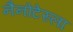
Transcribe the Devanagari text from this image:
नैनोटेस्ला